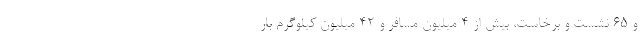
و ۶۵ نشست و برخاست، بیش از ۴ میلیون مسافر و ۴۲ میلیون کیلوگرم بار